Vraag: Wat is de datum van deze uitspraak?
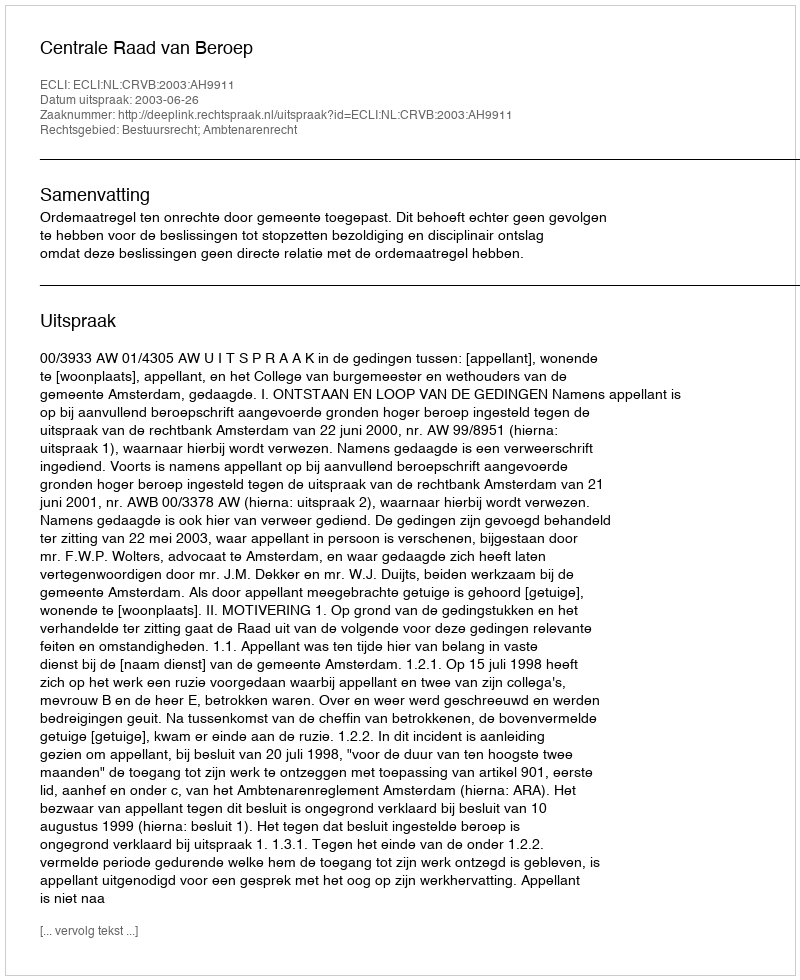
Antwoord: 2003-06-26